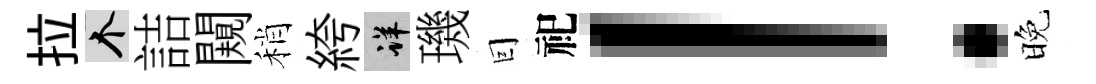
拉个詰闚稍絝详璣囙祀！晚